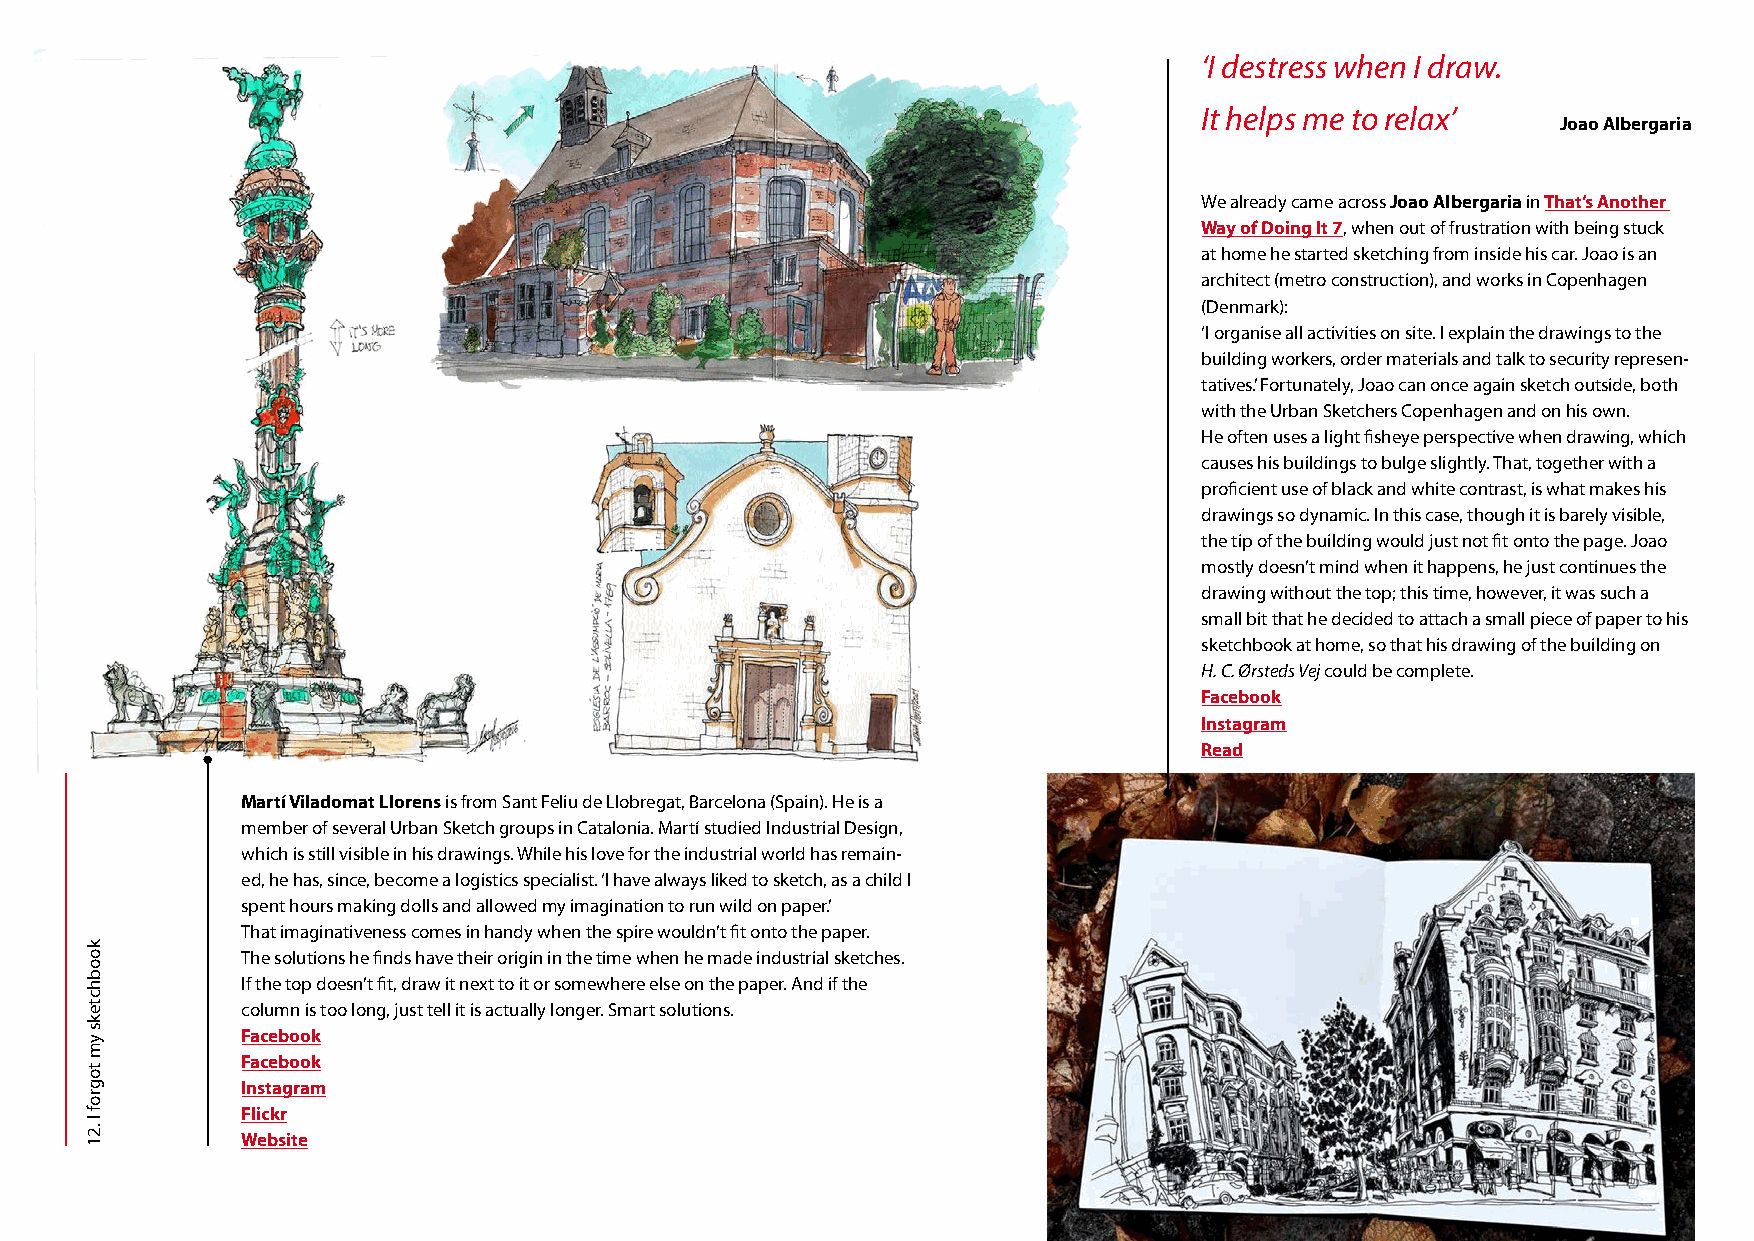
‘I destress when I draw.
 It helps me to relax’
 Joao Albergaria
 We already came across Joao Albergaria in That’s Another
 Way of Doing It 7, when out of frustration with being stuck
 at home he started sketching from inside his car. Joao is an
 architect (metro construction), and works in Copenhagen
 (Denmark):
 ‘I organise all activities on site. I explain the drawings to the
 building workers, order materials and talk to security represen-
 tatives.’ Fortunately, Joao can once again sketch outside, both
 with the Urban Sketchers Copenhagen and on his own.
 He often uses a light fisheye perspective when drawing, which
 causes his buildings to bulge slightly. That, together with a
 proficient use of black and white contrast, is what makes his
 5
 drawings so dynamic. In this case, though it is barely visible,
 the tip of the building would just not fit onto the page. Joao
 mostly doesn’t mind when it happens, he just continues the
 drawing without the top; this time, however, it was such a
 small bit that he decided to attach a small piece of paper to his
 sketchbook at home, so that his drawing of the building on
 H. C. Ørsteds Vej could be complete.
 Facebook
 Instagram
 Read
 Martí Viladomat Llorens is from Sant Feliu de Llobregat, Barcelona (Spain). He is a
 member of several Urban Sketch groups in Catalonia. Martí studied Industrial Design,
 which is still visible in his drawings. While his love for the industrial world has remain-
 ed, he has, since, become a logistics specialist. ‘I have always liked to sketch, as a child I
 spent hours making dolls and allowed my imagination to run wild on paper.’
 That imaginativeness comes in handy when the spire wouldn’t fit onto the paper.
 The solutions he finds have their origin in the time when he made industrial sketches.
 If the top doesn’t fit, draw it next to it or somewhere else on the paper. And if the
 column is too long, just tell it is actually longer. Smart solutions.
 Facebook
 Facebook
 Instagram
 Flickr
 Website
 koobhcteks
 ym
 togrof
 I
 .21